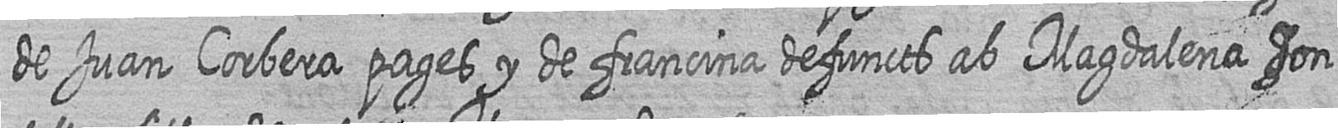
de Juan Corbera pages y de francina defuncts ab Magdalena don=